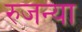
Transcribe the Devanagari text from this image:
रुजन्या